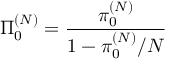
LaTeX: \Pi _ { 0 } ^ { ( N ) } = \frac { \pi _ { 0 } ^ { ( N ) } } { 1 - \pi _ { 0 } ^ { ( N ) } / N }